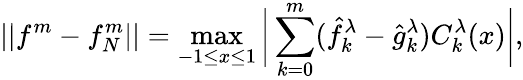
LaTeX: ||f^{m}-f_{N}^{m}||=\operatorname*{max}_{-1\leq x\leq 1}\bigg|\sum_{k=0}^{m}(\hat{f}_{k}^{\lambda}-\hat{g}_{k}^{\lambda})C_{k}^{\lambda}(x)\bigg|,